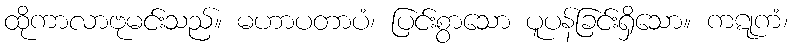
ထိုကာလာဗုမင်းသည်။ မဟာပတာပံ၊ ပြင်းစွာသော ပူပန်ခြင်းရှိသော။ ကဋုကံ၊